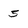
Character: 5